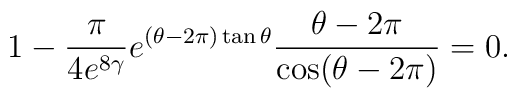
1-\frac{ \pi}{4 e^{8\gamma}}e^{(\theta-{2\pi})\tan \theta}\frac{ \theta-{2\pi} }{\cos(\theta-{2\pi})}=0.